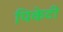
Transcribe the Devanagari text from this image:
पिकेटी